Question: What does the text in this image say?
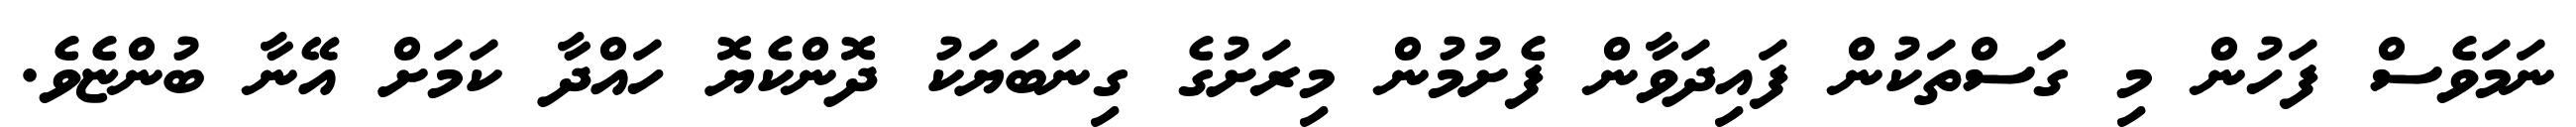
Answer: ނަމަވެސް ފަހުން މި ގަސްތަކުން ފައިދަވާން ފެށުމުން މިރަށުގެ ގިނަބަޔަކު ދޮންކެޔޮ ހައްދާ ކަމަށް އޭނާ ބުންޏެވެ.